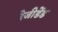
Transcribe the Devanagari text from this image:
रेजीडेंड